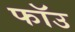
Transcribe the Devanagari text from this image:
फॉउ